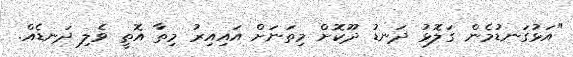
"އަޅުގަނޑުމެން ގަލޮޅު ދަނޑު ދޫކޮށް މިތަނަށް އައިއިރު މިތާ އޮތީ ވެލި ދަނޑެއް.